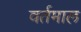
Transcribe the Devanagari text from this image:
वर्तमाल